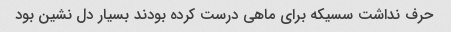
حرف نداشت سسیکه برای ماهی درست کرده بودند بسیار دل نشین بود